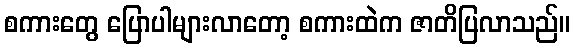
စကားတွေ ပြောပါများလာတော့ စကားထဲက ဇာတိပြလာသည်။